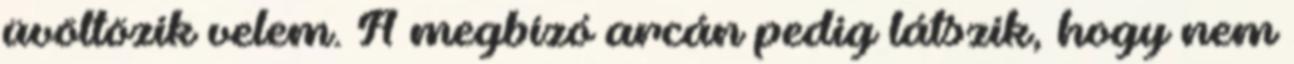
üvöltözik velem. A megbízó arcán pedig látszik, hogy nem